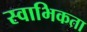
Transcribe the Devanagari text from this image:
स्वाभिकता